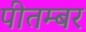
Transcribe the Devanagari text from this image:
पीतम्बर